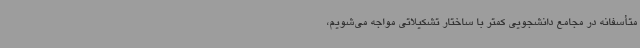
متأسفانه در مجامع دانشجویی کمتر با ساختار تشکیلاتی مواجه می‌شویم،